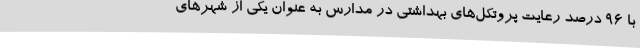
با 96 درصد رعایت پروتکل‌های بهداشتی در مدارس به عنوان یکی از شهرهای